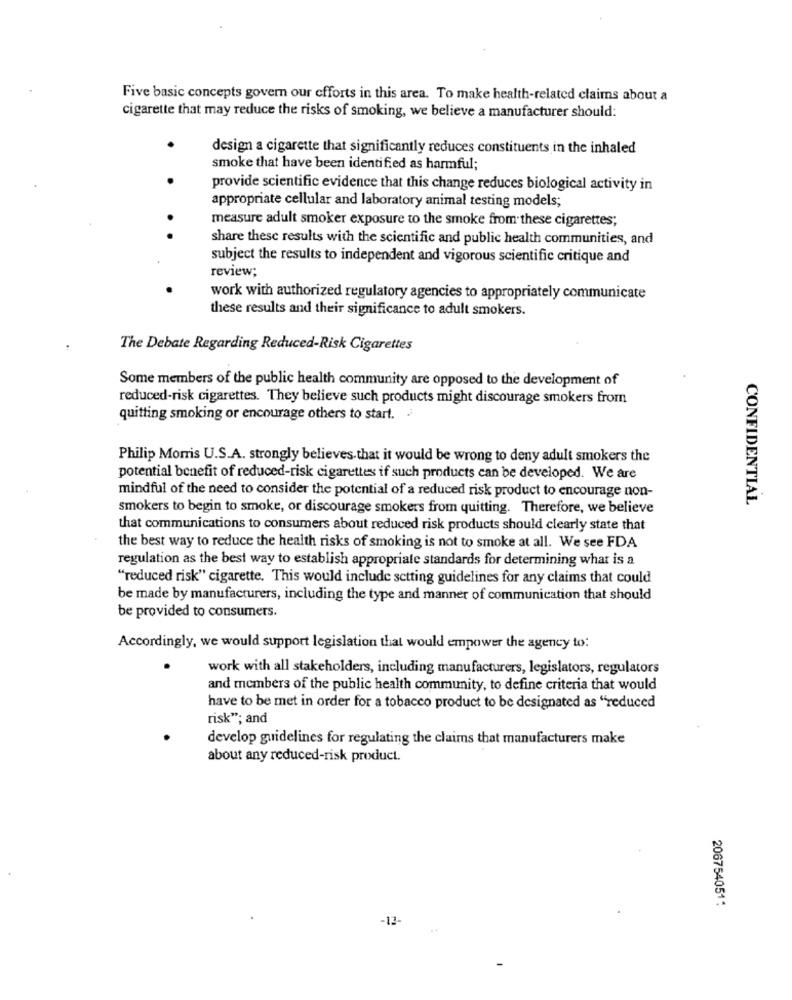
Five basic concepts govern our efforts in this area. To make health-related claims about a
cigarette that may reduce the risks of smoking, we believe a manufacturer should:
.
design a cigarette that significantly reduces constituents in the inhaled
smoke that have been identified as harmful;
provide scientific evidence that this change reduces biological activity in
appropriate cellular and laboratory animal testing models;
measure adult smoker exposure to the smoke from these cigarettes;
share these results with the scientific and public health communities, and
subject the results to independent and vigorous scientific critique and
review;
work with authorized regulatory agencies to appropriately communicate
these results and their significance to adult smokers.
The Debate Regarding Reduced-Risk Cigarettes
Some members of the public health community are opposed to the development of
reduced-risk cigarettes. They believe such products might discourage smokers from
quitting smoking or encourage others to start. .
Philip Morris U.S.A. strongly believes that it would be wrong to deny adult smokers the
potential benefit of reduced-risk cigarettes if such products can be developed. We are
mindful of the need to consider the potential of a reduced risk product to encourage non-
CONFIDENTIAL
smokers to begin to smoke, or discourage smokers from quitting. Therefore, we believe
that communications to consumers about reduced risk products should clearly state that
the best way to reduce the health risks of smoking is not to smoke at all. We see FDA
regulation as the best way to establish appropriate standards for determining what is a
"reduced risk" cigarette. This would include setting guidelines for any claims that could
be made by manufacturers, including the type and manner of communication that should
be provided to consumers.
Accordingly, we would support legislation that would empower the agency to:
work with all stakeholders, including manufacturers, legislators, regulators
and members of the public health community, to define criteria that would
have to be met in order for a tobacco product to be designated as "reduced
risk"; and
develop guidelines for regulating the claims that manufacturers make
about any reduced-risk product.
206754051:
-12-